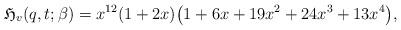
LaTeX: \begin{gather*}\mathfrak{H}_{v}(q,t ; \beta) = x^{12} (1+2 x)\big(1+6 x+19 x^2 + 24 x^3 + 13 x^4\big),\end{gather*}